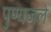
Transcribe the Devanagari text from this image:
पुण्यजले